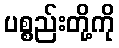
ပစ္စည်းတို့ကို